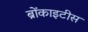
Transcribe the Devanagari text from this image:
ब्रोंकाइटीस